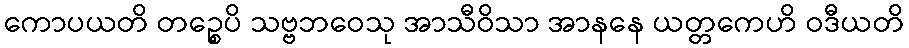
ကောပယတိ တဉ္စေပိ သဗ္ဗဘဝေသု အာသီဝိသာ အာနနေ ယတ္တကေဟိ ဝဒီယတိ